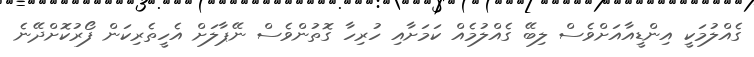
ގެއްލުމަކީ އިންޑީއާއަށްވެސް ލިބޭ ގެއްލުމެއް ކަމަށާއި ހުރިހާ ގޮތަުންވެސް ނޭޕާލަށް އެހީތެރިކަން ފޯރުކޮށްދޭނެ